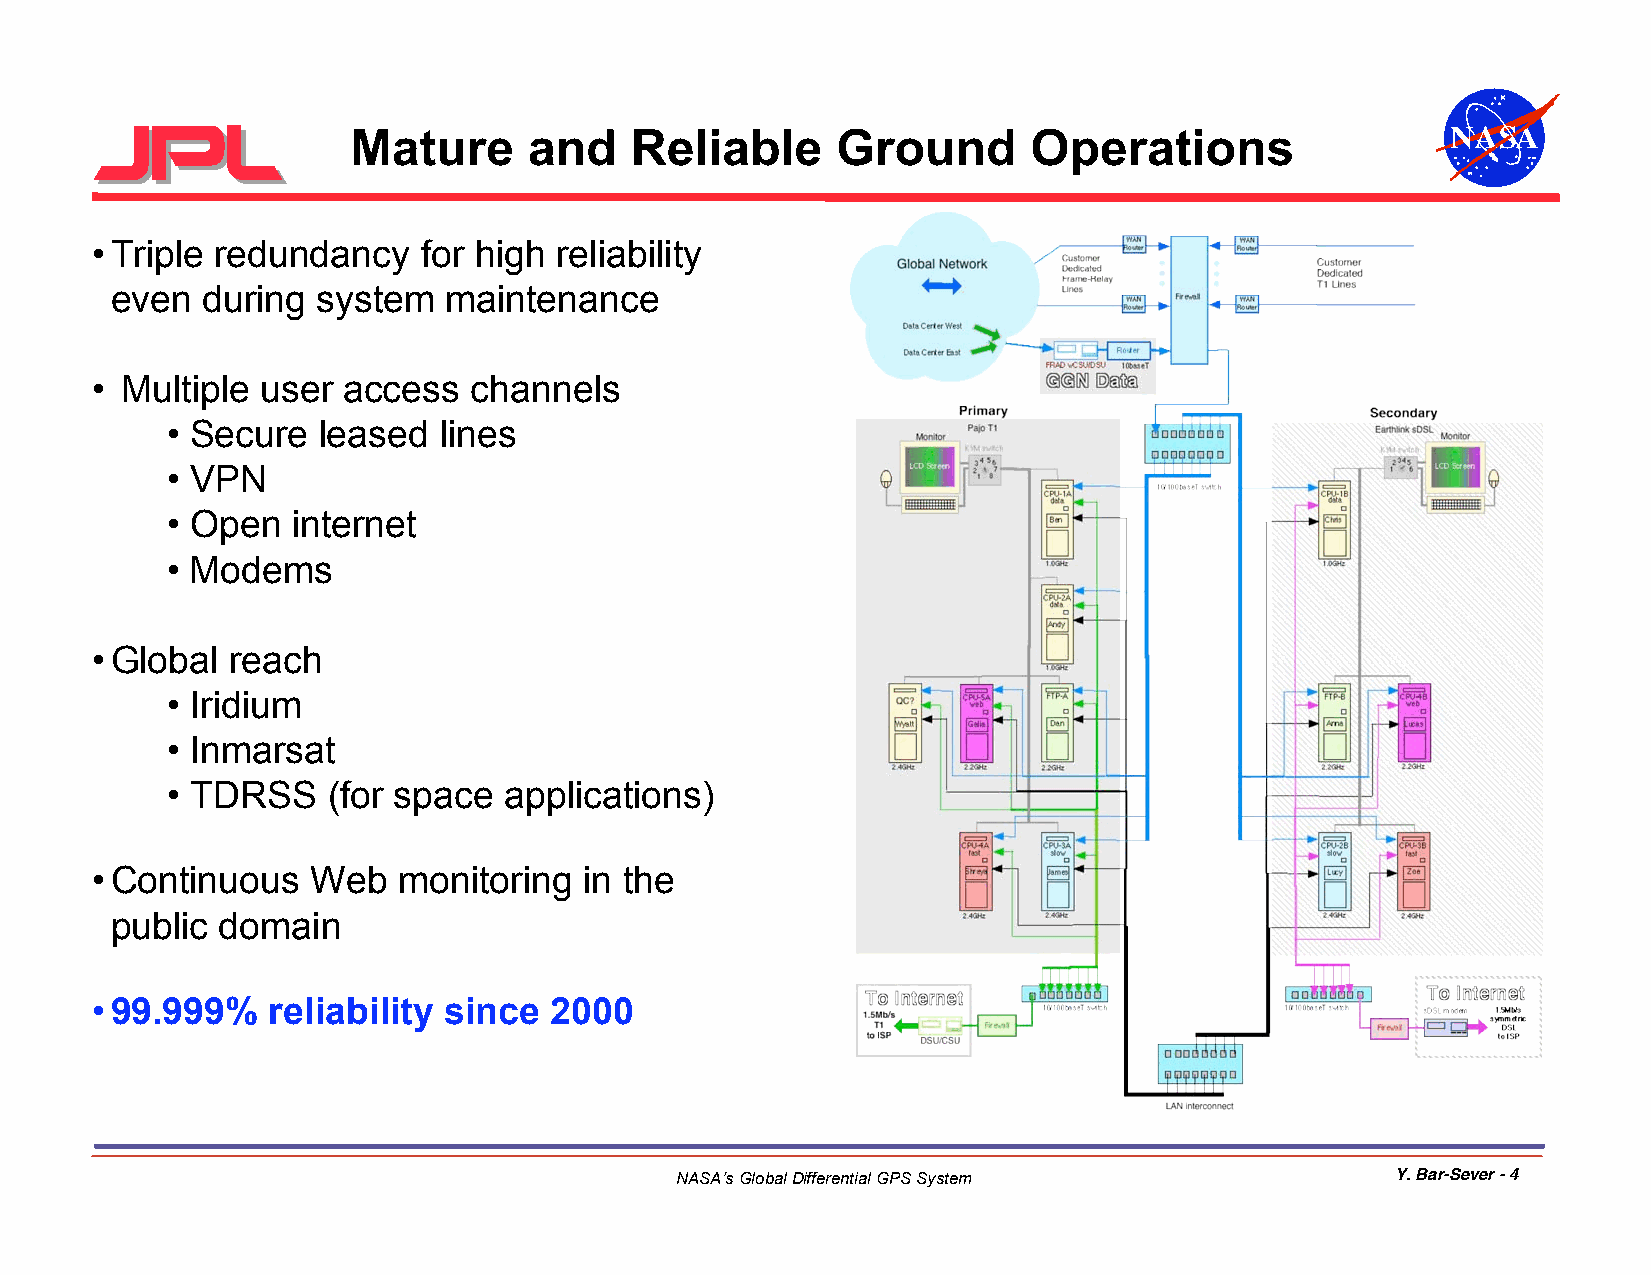
Mature      and    Reliable     Ground       Operations                  NASA
 •Triple redundancy    for high reliability
 even  during  system  maintenance
 • Multiple user  access  channels
 • Secure  leased  lines
 • VPN
 • Open  internet
 • Modems
 •Global  reach
 • Iridium
 • Inmarsat
 • TDRSS    (for space applications)
 •Continuous    Web  monitoring   in the
 public domain
 •99.999%    reliability since 2000
 NASA’s Global Differential GPS System          Y. Bar-Sever - 4